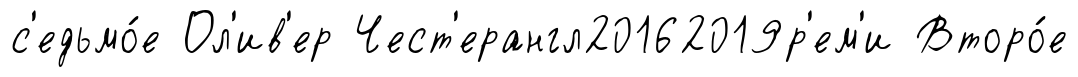
с'едьмо́е Ол'ив'ер Чест'ерангл20162019р'ем'и Второ́е